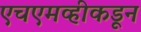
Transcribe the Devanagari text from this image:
एचएमव्हीकडून